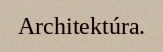
Architektúra.